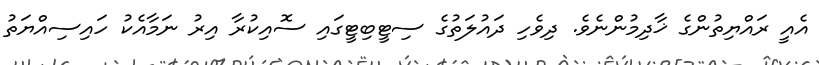
އެއީ ރައްޔިތުންގެ ޚާދިމުންނެވެ. ދިވެހި ދައުލަތުގެ ސިޓީބިޓީގައި ސޮއިކުރާ އިރު ނަމާއެކު ހައިސިއްޔަތު